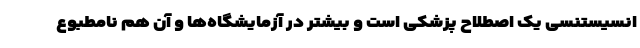
انسیستنسی یک اصطلاح پزشکی است و بیشتر در آزمایشگاه‌ها و آن هم نامطبوع